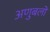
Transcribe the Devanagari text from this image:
अणुबलों